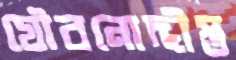
যৌবনোদ্দীপ্ত